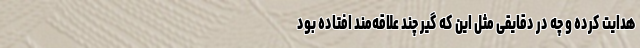
هدایت کرده و چه در دقایقی مثل این که گیرِ چند علاقه‌مند افتاده بود